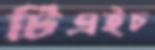
টিএইচ